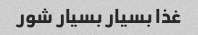
غذا بسیار بسیار شور